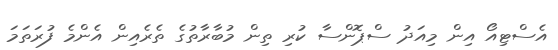
އެސްޓިއޯ އިން މިއަދު ސްޕޮންސާ ކުރި ތިން މުބާރާތުގެ ތެރެއިން އެންމެ ފުރަތަމަ